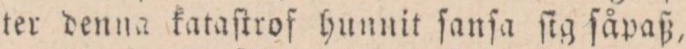
ter denna kataſtrof hunnit ſanſa ſig ſåpaß,